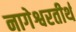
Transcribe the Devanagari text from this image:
नागेश्वरतीर्थ